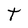
Character: t